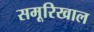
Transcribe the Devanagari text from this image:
समूरिखाल